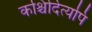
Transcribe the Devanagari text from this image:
कश्चिदित्यपि